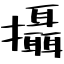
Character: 攝